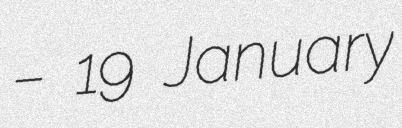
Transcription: – 19 January